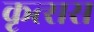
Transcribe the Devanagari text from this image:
कृत्सस